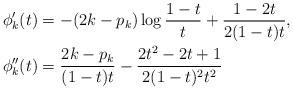
LaTeX: \begin{align*}\phi_k'(t) & = -(2k-p_k) \log\frac{1-t}{t} + \frac{1-2t}{2(1-t)t}, \\\phi_k''(t) & = \frac{2k-p_k}{(1-t)t} - \frac{2t^2-2t+1}{2(1-t)^2 t^2}\end{align*}